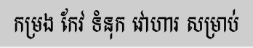
កម្រង កែវ ទំនុក វោហារ សម្រាប់